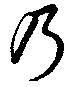
乃